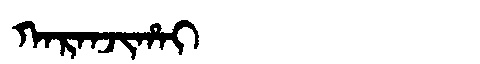
Manchu: ᡴᠠᡵᠠᠨᠵᡳᡥᠠᡳ
Romanization: KARANJIHAI